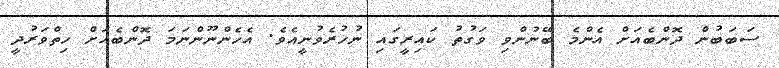
ސަބަބުން ދޮންބެއަށް އެންމެ ބޭނުންވި ވަގުތު ކައިރީގައި ނުހުރެވުނީއެވެ. އެހެންނޫންނަމަ ދޮންބެއަށް ހިތްވަރުދީ